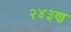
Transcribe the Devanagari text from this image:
२४३ण